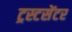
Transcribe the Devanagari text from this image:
ट्रस्टसेंटर